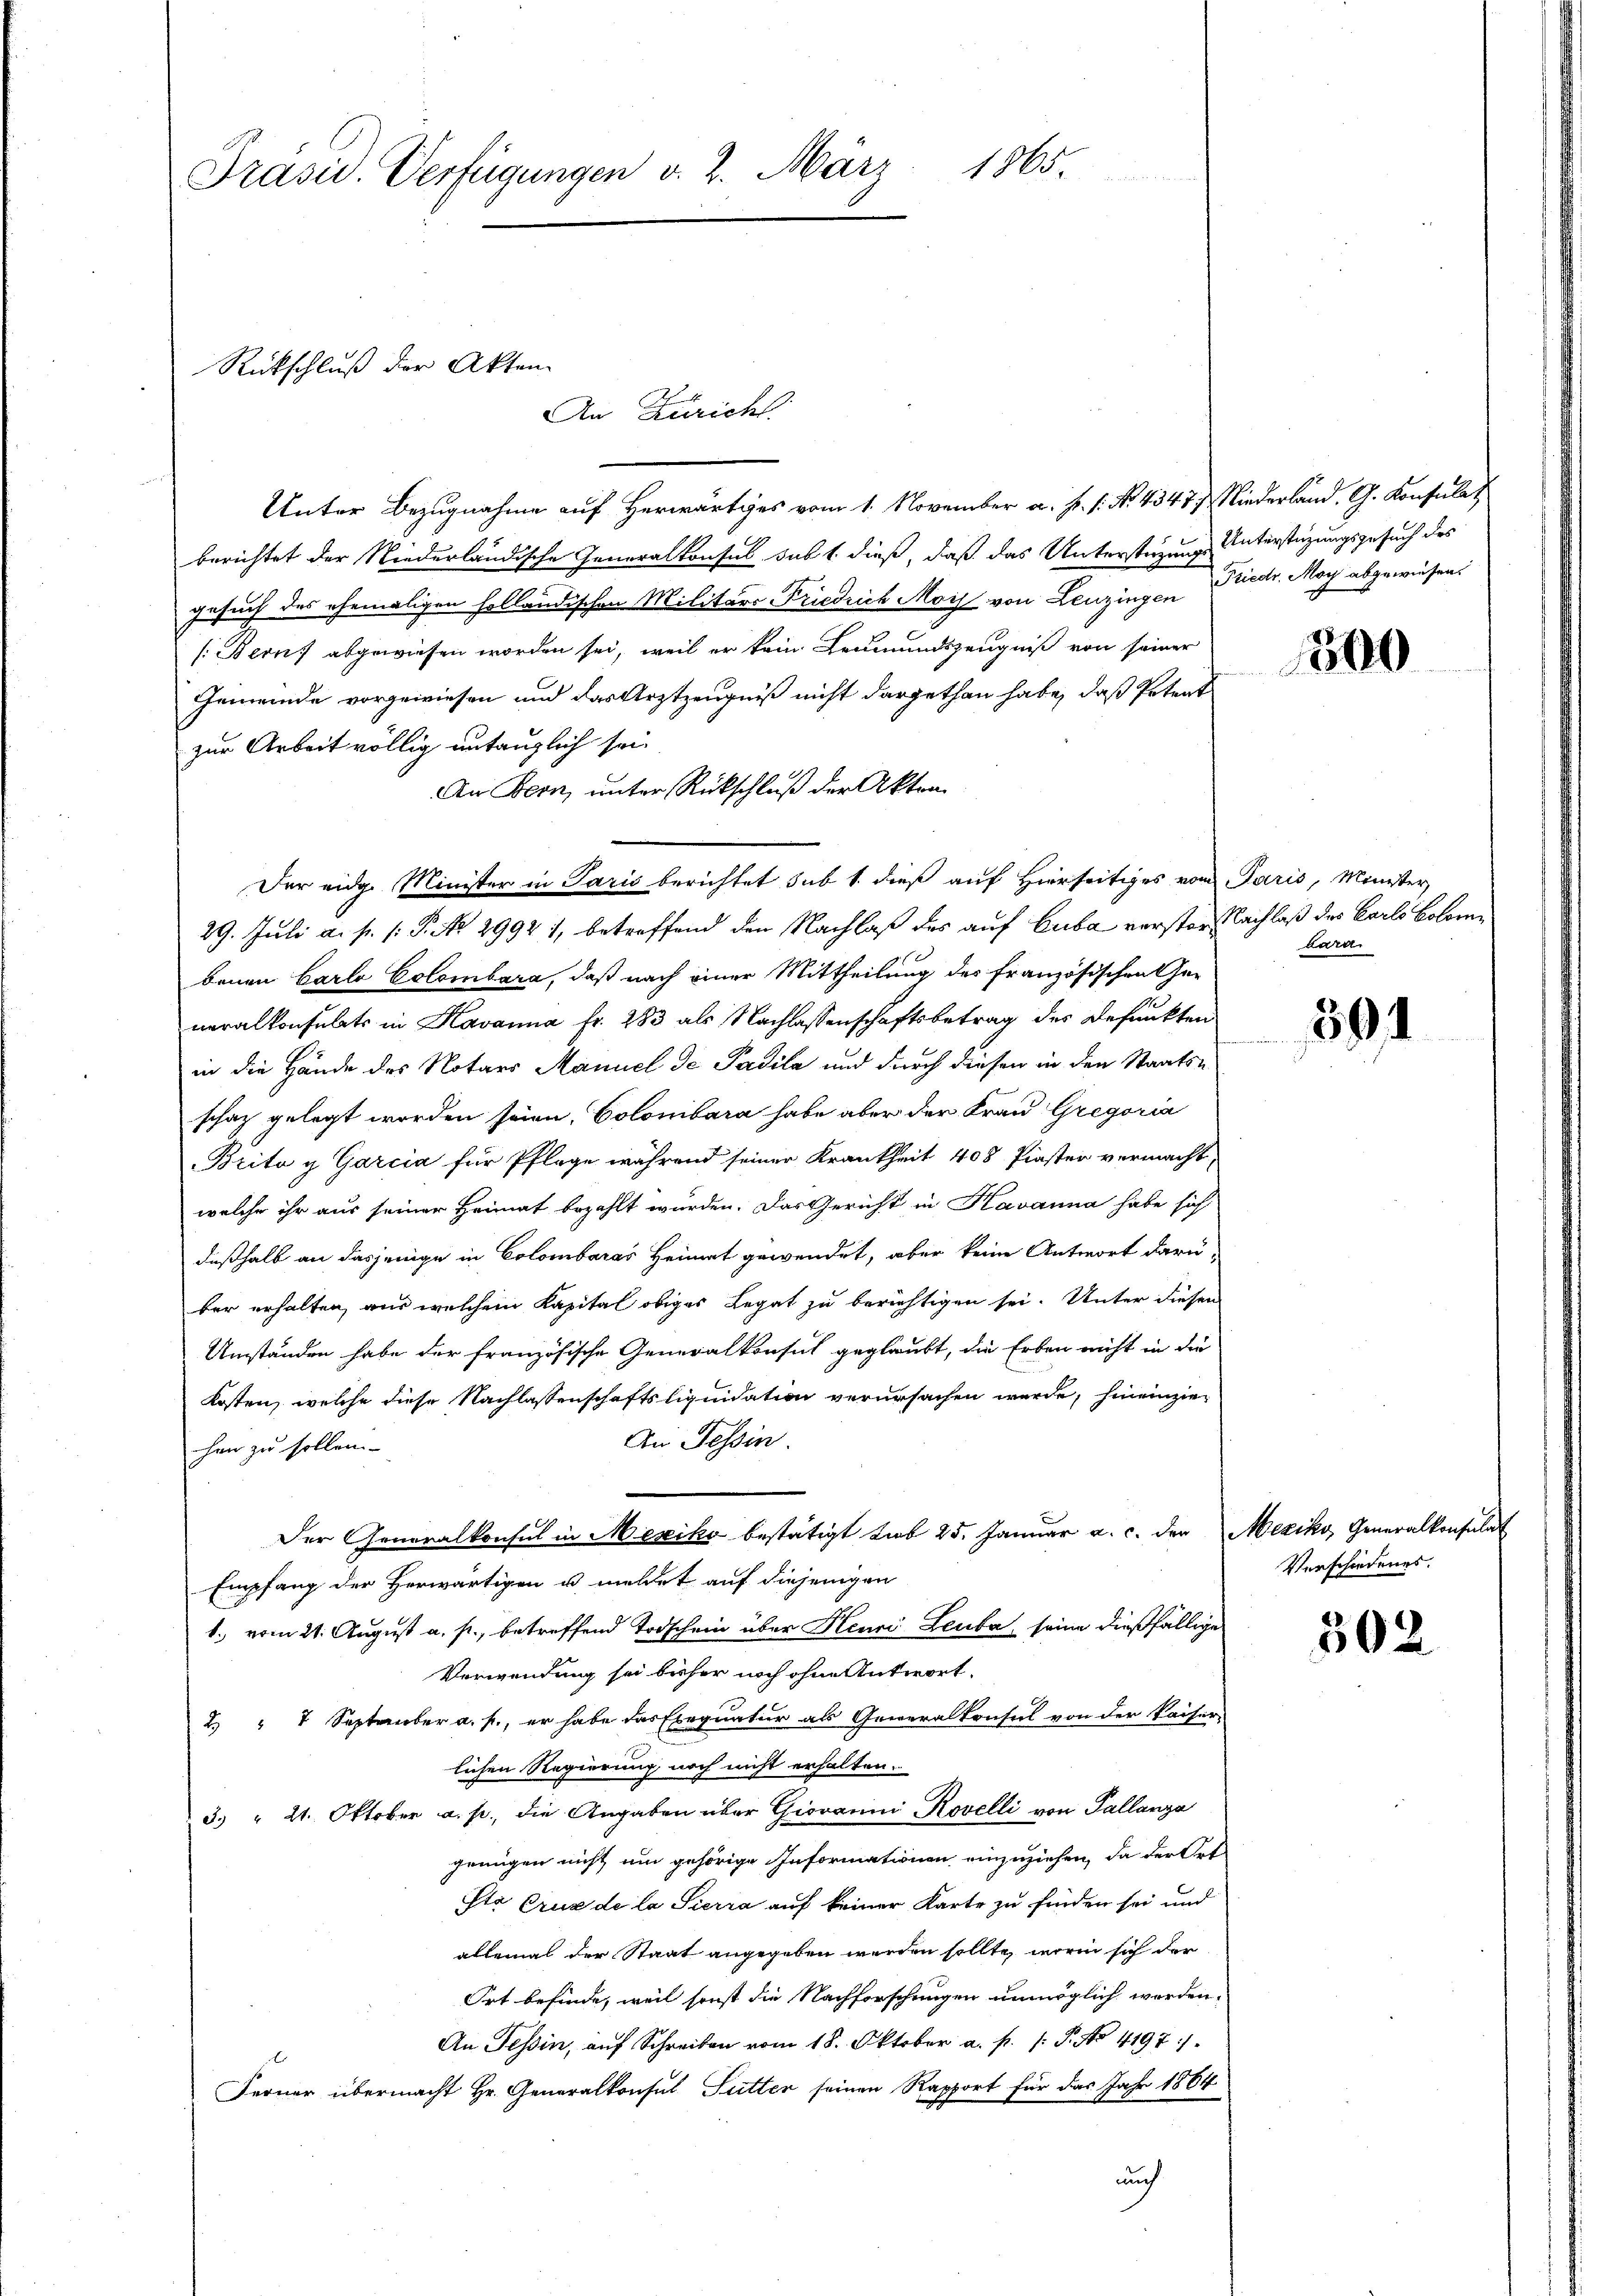
Präsid. Verfügungen v. 2. März 1865.

Unter Bezugnahme auf Herwärtiges vom 1. November a. p. 1. No. 4347) Niederland. G. Konsulat
berichtet der Niederländische Generalkonsul sub 1. dieß, daß das Unterstüzungs Unterstüzungsgesuch des
gesuch des ehemaligen holländischen Militärs- Friedrich Moch von Leuzingen Stadtr. May abgewiesen.
(Bern, abgewiesen worden sei, weil er kein Leumundszeugniß von seiner
Gemeinde vorgewiesen und das Arztzeugniß nicht dargethan habe, daß Petent
zur Arbeit völlig untauglich sei
An Bern, unter Rückschluß der Akten
Der eidg. Minister in Paris berichtet sub 1. dieß auf Hierseitiges vom Paris, Minister
29. Juli a. p. 1: P. No 29941, betreffend den Nachlaß des auf Cuba verster Nachlaß des Carls Colome
benen Carla Colombara, daß nach einer Mittheilung des französischen Ge-
neralkonsulats in Havanna Fr. 283 als Nachlassenschaftsbetrag des Befunkten
in die Hände des Notars Maniel de Padila und durch diesen in den Staatsschaz gelegt worden seien. Colombara habe aber der Frau Gregoria
Brita g Garcia für Pflege während seiner Krankheit 408 Piaster vermacht
welche ihr aus seiner Heimat bezahlt wurden. Das Gericht in Havanna habe sich
deßhalb an dasjenige in Colombaras Heimat gewendet, aber keine Antwort darü-
ber erhalten, aus welchem Kapital obiges Legat zu berichtigen sei. Unter diesen
Umständen habe der französische Generalkonsul geglaubt, die Erben nicht in die
Kosten, welche diese Nachlassenschaftsliquidation verursachen werde, hineinzie¬
An Tessin.
hen zu sollen.
Der Generalkonsul in Nesiko bestätigt sub 25. Januar a. c. der
Empfang der Herwärtigen u mehrt auf diejenigen
b. vom 21. August a. p., betreffend Todschein über Heuri Leuba, seine dießfällige
Verwendung sei bisher noch ohne Antwort.
2 " 7 September a. f., er habe das Exequatur als Geweralkonsul von der Kaiser-
lichen Regierung noch nicht erhalten.
3. " 21. Oktober a. p. die Angaben über Giovanni Rovelli von Pallanza
genügen nicht um gehörige Informationen einzuziehen, da der Ort
Sta Cruz de la Sierra auf keiner Karte zu finden sei und
allemal der Staat angegeben werden sollte, worin sich der
Ort befinde, weil sonst die Nachforschungen unmöglich worden.
An Tessin, auf Schreiben vom 18. Oktober a. p. /: P. No 4197/
Ferner übermacht Hr. Generalkonsul Sutter seinen Rapport für das Jahr 1864
auch

Rückschluß der Akten
An Züricht.

1890

bara.

591

Mexiko, Generalkonsula
Verschiedenes.

302